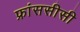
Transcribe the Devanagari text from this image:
फ्रांससीसी